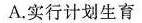
A.实行计划生育